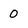
Character: 0